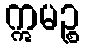
ဣမဉ္စ